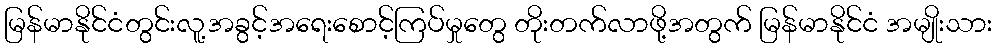
မြန်မာနိုင်ငံတွင်းလူ့အခွင့်အရေးစောင့်ကြပ်မှုတွေ တိုးတက်လာဖို့အတွက် မြန်မာနိုင်ငံ အမျိုးသား